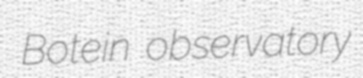
Botein observatory